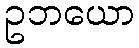
ဥဘယော